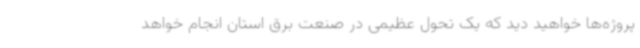
پروژه‌ها خواهید دید که یک تحول عظیمی در صنعت برق استان انجام خواهد